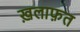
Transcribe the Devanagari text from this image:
ख़लाफ़त